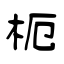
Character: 枙